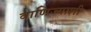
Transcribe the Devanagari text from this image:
वाणिज्याशी